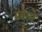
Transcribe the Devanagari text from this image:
ब्रेयरले